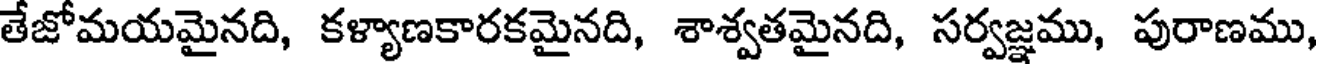
తేజోమయమైనది, కళ్యాణకారకమైనది, శాశ్వతమైనది, సర్వజ్ఞము, పురాణము,